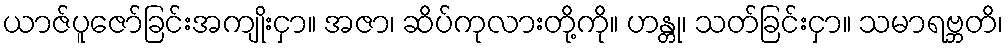
ယာဇ်ပူဇော်ခြင်းအကျိုးငှာ။ အဇာ၊ ဆိပ်ကုလားတို့ကို။ ဟန္တု၊ သတ်ခြင်းငှာ။ သမာရဗ္ဘတိ၊